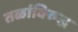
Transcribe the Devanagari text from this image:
तळांविरुद्ध